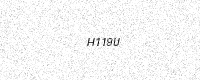
Text: H119U